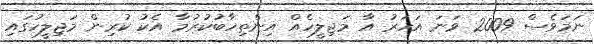
ނަމަވެސް 2009 ވަނަ އަހަރު އާ މަޖިލީހެއް އިންތިހާބުކުރުމާ އެކު ކުރިން މަޖިލީހުގައި